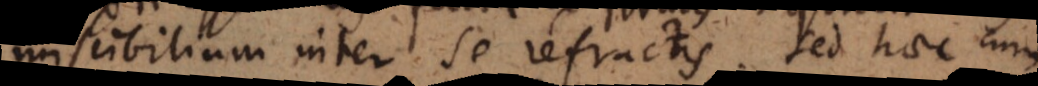
miscibilium inter se [rarefactis]. Sed haec cum